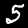
Label: 5